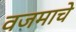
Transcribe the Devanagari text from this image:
वजमाचे